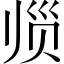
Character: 𲃀